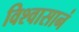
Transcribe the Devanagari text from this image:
विश्वासानं